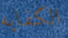
الكفايه